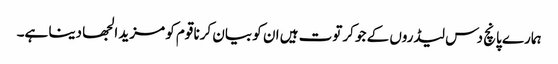
ہمارے پانچ دس لیڈروں کے جو کرتوت ہیں ان کو بیان کرنا قوم کو مزید الجھا دینا ہے۔